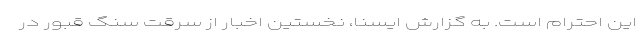
این احترام است. به گزارش ایسنا، نخستین اخبار از سرقت سنگ قبور در